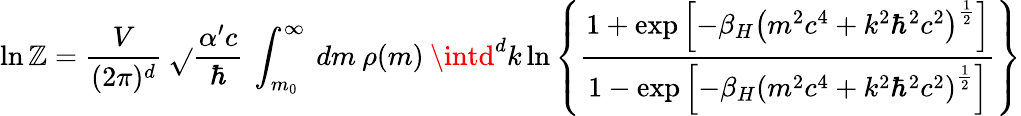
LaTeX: \ln\mathbb{Z}=\frac{{V}}{{(2\pi)^{d}}}\: \sqrt{}{{\frac{{\alpha^{\prime}c}}{{\hbar}}}}\: \int_{m_{0}}^{\infty}\: dm\: \rho(m)\: \intd^{d}k\ln\left\lbrace\frac{{1+\exp\left\lbrack-\beta_{H}\left(m^{2}c^{4}+k^{2}\hbar^{2}c^{2}\right)^{\frac{{1}}{{2}}}\right\rbrack}}{{1-\exp\left\lbrack-\beta_{H}\left(m^{2}c^{4}+k^{2}\hbar^{2}c^{2}\right)^{\frac{{1}}{{2}}}\right\rbrack}}\right\rbrace